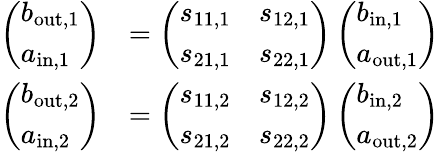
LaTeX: \begin{array}{rl}{\left(\begin{array}{l}{b_{\mathrm{out,1}}}\\ {a_{\mathrm{in,1}}}\end{array}\right)}&{=\left(\begin{array}{ll}{s_{11,1}}&{s_{12,1}}\\ {s_{21,1}}&{s_{22,1}}\end{array}\right)\left(\begin{array}{l}{b_{\mathrm{in,1}}}\\ {a_{\mathrm{out,1}}}\end{array}\right)}\\ {\left(\begin{array}{l}{b_{\mathrm{out,2}}}\\ {a_{\mathrm{in,2}}}\end{array}\right)}&{=\left(\begin{array}{ll}{s_{11,2}}&{s_{12,2}}\\ {s_{21,2}}&{s_{22,2}}\end{array}\right)\left(\begin{array}{l}{b_{\mathrm{in,2}}}\\ {a_{\mathrm{out,2}}}\end{array}\right)}\end{array}